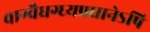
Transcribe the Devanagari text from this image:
वाग्वैधग्ध्यप्रधानेऽपि